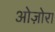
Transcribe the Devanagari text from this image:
ओज़ोरा